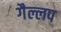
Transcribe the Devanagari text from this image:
गैल्लप